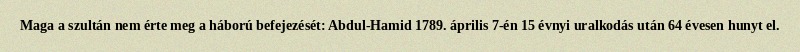
Maga a szultán nem érte meg a háború befejezését: Abdul-Hamid 1789. április 7-én 15 évnyi uralkodás után 64 évesen hunyt el.